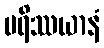
ပရိဿယာနံ